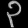
Digit: ၃